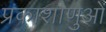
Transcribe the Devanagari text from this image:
प्रकाशाणुओं